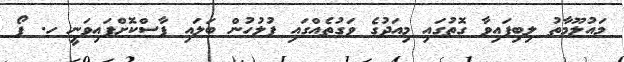
މައުލޫމާތު ލިބިފައިވާ ގޮތުގައި މިއަދުގެ ވަގުތެއްގައި ފުލުހުން ބަލައި ފާސްކޮށްފައިވަނީ ހ. ފޯ